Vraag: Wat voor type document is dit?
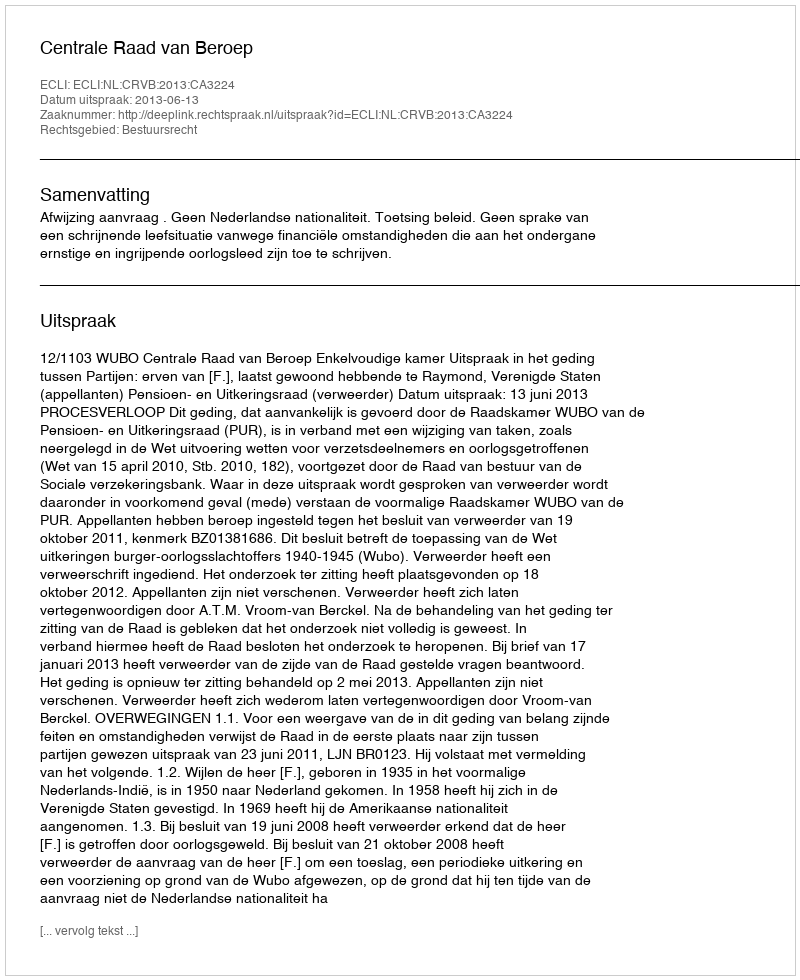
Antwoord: Uitspraak